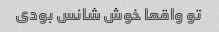
تو واقعا خوش شانس بودی